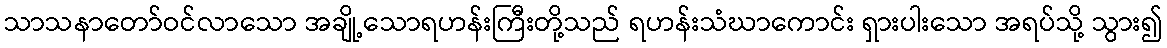
သာသနာတော်ဝင်လာသော အချို့သောရဟန်းကြီးတို့သည် ရဟန်းသံဃာကောင်း ရှားပါးသော အရပ်သို့ သွား၍